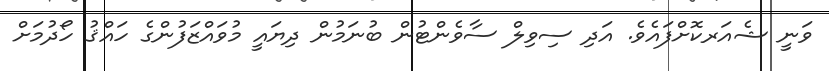
ވަނީ ޝެއަރކޮށްފައެވެ. އަދި ސިވިލް ސާވެންޓުން ބުނަމުން ދިޔައީ މުވައްޒަފުންގެ ހައްޤު ހޯދުމަށް